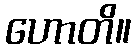
ဟောတိ။